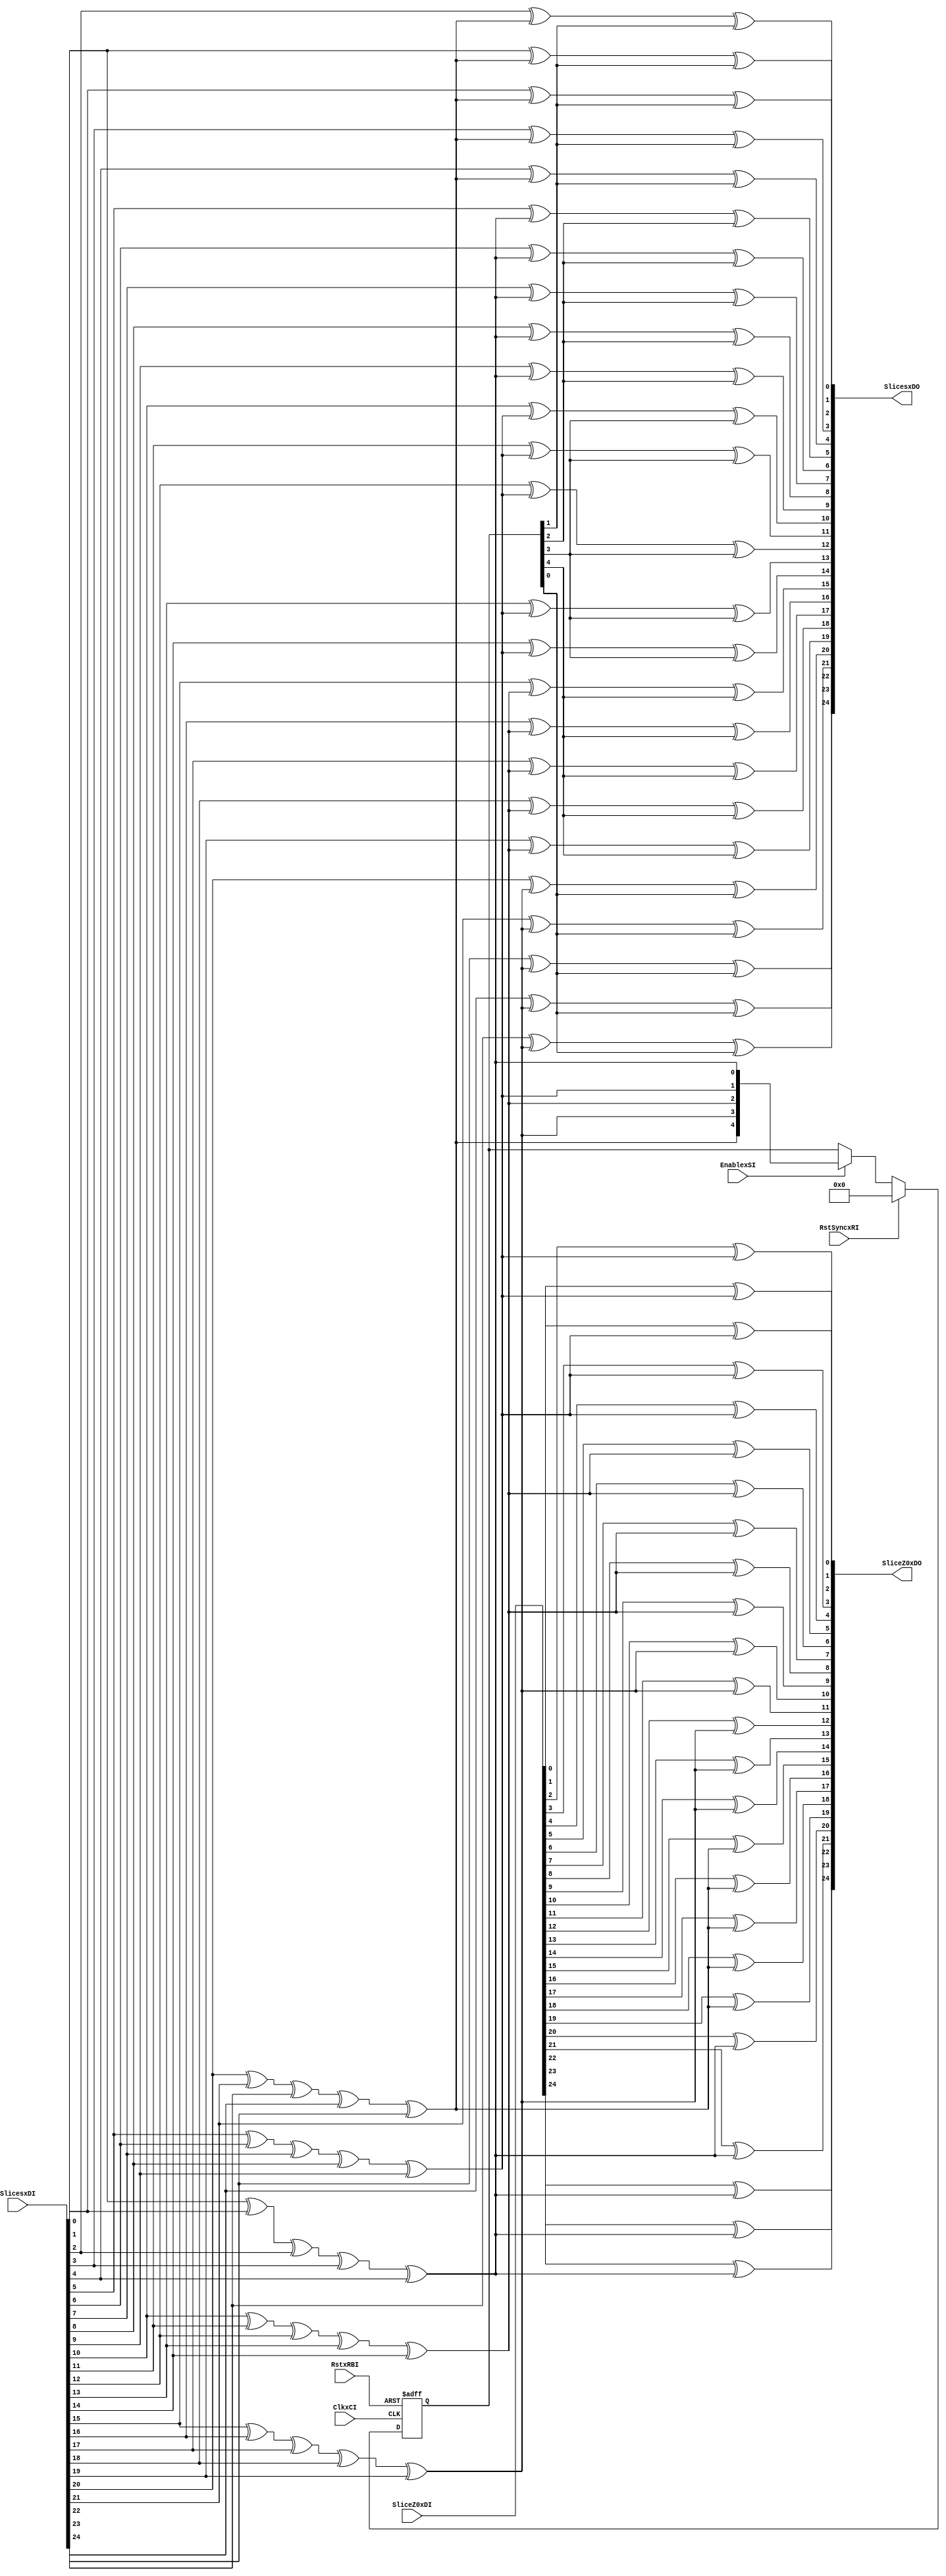
module keccak_theta #(
    parameter W = 16,
    parameter SLICES_PARALLEL = 1
)(
    input wire ClkxCI,
    input wire RstxRBI,
    input wire RstSyncxRI,
    input wire EnablexSI,
    input wire[25*SLICES_PARALLEL-1:0] SlicesxDI,
    input wire[24:0] SliceZ0xDI,
    output reg[25*SLICES_PARALLEL-1:0] SlicesxDO,
    output reg[24:0] SliceZ0xDO
);

function integer Idx(input integer x, input integer y);
    Idx = (5*x+y)*SLICES_PARALLEL;
endfunction

generate begin
reg[5*SLICES_PARALLEL-1:0] C, C_rot;
reg[25*SLICES_PARALLEL-1:0] A, D;
localparam SP = SLICES_PARALLEL;

//-----------------------------------------------------------------------------
// Fully parallel Theta step. Computed in 1 cycle
if(W==SLICES_PARALLEL) begin

    always @(*) begin : THETA_PARALLEL
        integer x, y;
        A = SlicesxDI;
        for(x=0; x < 5; x=x+1) begin
            C[x*SP +: SP] = A[Idx(x,0) +: SP] ^ A[Idx(x,1) +: SP] ^ A[Idx(x,2) +: SP]
                            ^ A[Idx(x,3) +: SP] ^ A[Idx(x,4) +: SP];
            C_rot[x*SP +: SP] = {2{C[x*SP +: SP]}} >> (SP-1);
        end
        for(x=0; x < 5; x=x+1) begin
            for(y=0; y < 5; y=y+1) begin
                D[Idx(x,y) +: SP] = A[Idx(x,y) +: SP]
                    ^ C[(((x-1)+5) % 5)*SP +: SP] ^ C_rot[((x+1) % 5)*SP +: SP];
            end
        end

        SlicesxDO = D;
    end
end
//-----------------------------------------------------------------------------
// Iterative Theta step. Compute Theta on part of the state. The highest
// slice's parity is temporarily saved and acts as input for the next
// iteration. In the first iteration the first slice (z=0) is only partly
// evaluated, since the last slice (z=W-1) is not available. It is finished in
// the last iteration together with the last slice block.
else begin
    reg[4:0] TmpStoragexDP, TmpStoragexDN;

    always @(*) begin : THETA_ITERATIVE
        integer x, y;
        TmpStoragexDN = TmpStoragexDP;

        A = SlicesxDI;
        for(x=0; x < 5; x=x+1) begin
            C[x*SP +: SP] = A[Idx(x,0) +: SP] ^ A[Idx(x,1) +: SP] ^ A[Idx(x,2) +: SP]
                ^ A[Idx(x,3) +: SP] ^ A[Idx(x,4) +: SP];
            C_rot[x*SP +: SP] = {2{C[x*SP +: SP]}} >> (SP-1);
            TmpStoragexDN[x] = C[x*SP + SP - 1]; // save highest slice parity for next block
        end
        for(x=0; x < 5; x=x+1) begin
            for(y=0; y < 5; y=y+1) begin
                D[Idx(x,y) +: SP] = A[Idx(x,y) +: SP] ^ C[(((x-1)+5) % 5)*SP +: SP]
                    ^ {C_rot[((x+1)%5)*SP +: SP] >> 1, TmpStoragexDP[(x+1)%5]};
            end
        end

        SlicesxDO = D;
    end

    always @(posedge ClkxCI or negedge RstxRBI) begin
        if(~RstxRBI) TmpStoragexDP <= {5{1'b0}};
        else if(RstSyncxRI) TmpStoragexDP <= {5{1'b0}};
        else if(EnablexSI) TmpStoragexDP <= TmpStoragexDN;
    end

    always @(*) begin : LAST_SLICE
        integer x, y;
        for(x=0; x < 5; x=x+1) begin
            for(y=0; y < 5; y=y+1) begin
                SliceZ0xDO[5*x+y] = SliceZ0xDI[5*x+y] ^ TmpStoragexDN[(x+1)%5];
            end
        end
    end
end

end
endgenerate

endmodule